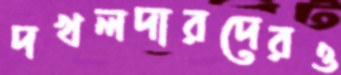
দখলদারদেরও